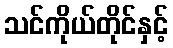
သင်ကိုယ်တိုင်နှင့်